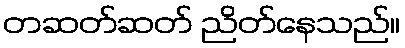
တဆတ်ဆတ် ညိတ်နေသည်။